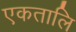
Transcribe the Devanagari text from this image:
एकतालि